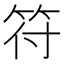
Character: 符